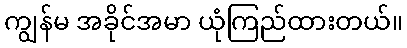
ကျွန်မ အခိုင်အမာ ယုံကြည်ထားတယ်။